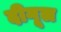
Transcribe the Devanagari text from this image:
दीगूल